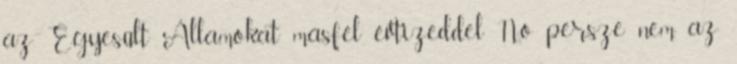
az Egyesült Államokat másfél évtizeddel No persze nem az